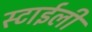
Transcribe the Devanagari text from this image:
स्टाईली